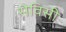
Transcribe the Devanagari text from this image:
सेविसी